Insane asylums in Bengal annual reports 1867-1875 - 1867-1875
Year: 1867
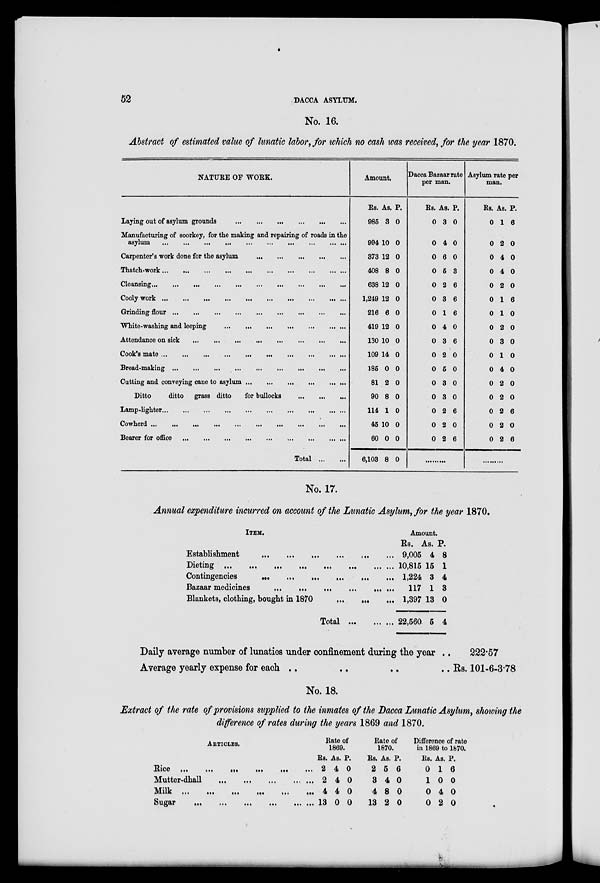
52
DACCA ASYLUM.
No. 16.
Abstract of estimated value of lunatic labor, for which no cash was received, for the year 1870.
NATURE OF WORK.
Laying out of asylum grounds
...
...
...
...
...
...
Manufacturing of soorkey, for the making and repairing of roads in the
asylum
...
...
...
...
...
...
...
...
...
Carpenter's work done for the asylum
...
...
...
...
...
Thatch-work
...
...
...
...
...
...
...
...
...
...
...
Cleansing
...
...
...
...
...
...
...
...
...
...
...
Cooly work
...
...
...
...
...
...
...
...
...
...
...
Grinding
flour
...
...
...
...
...
...
...
...
...
...
White-washing and leeping
...
...
...
...
...
...
...
Attendance on sick ... ... ... ... ... ... ... ... ...
Cook's mate
...
...
...
...
...
...
...
...
...
...
...
Bread-making
...
...
...
...
...
...
...
...
...
...
Cutting and conveying cane to asylum
...
...
...
...
...
...
Ditto
ditto
grass ditto
for bullocks
...
...
...
Lamp-lighter
...
...
...
...
...
...
...
...
...
...
...
Cowherd
...
...
...
...
...
...
...
...
...
...
....
...
Bearer for office
...
...
...
...
...
...
...
...
...
...
Total
...
...
Amount.
Rs.
985
994
373
408
638
1,249
216
419
130
109
185
81
90
114
45
60
6,103
As.
3
10
12
8
12
12
6
12
10
14
0
2
8
1
10
0
8
P.
0
0
0
0
0
0
0
0
0
0
0
0
0
0
0
0
0
Dacca Bazaar rate
per man.
Rs.
0
0
0
0
0
0
0
0
0
0
0
0
0
0
0
0
As.
3
4
6
5
2
3
1
4
3
2
5
3
3
2
2
2
P.
0
0
0
3
6
6
6
0
6
0
0
0
0
6
0
6
............
Asylum rate per
man.
Rs.
0
0
0
0
0
0
0
0
0
0
0
0
0
0
0
0
As.
1
2
4
4
2
1
1
2
3
1
4
2
2
2
2
2
P.
6
0
0
0
0
6
0
0
0
0
0
0
0
6
0
6
...........
No. 17.
Annual expenditure incurred on account of the Lunatic Asylum, for the year 1870.
ITEM.
Establishment
...
...
...
...
... ... ...
Dieting
...
...
...
...
...
...
...
...
Contingencies ... ... ... ... ... ...
Bazaar medicines
...
...
...
... ... ...
Blankets, clothing, bought in 1870
...
...
...
Total ... ... ...
Amount.
Rs.
9,005
10,815
1,224
117
1,397
22,560
As.
4
15
3
1
13
5
P.
8
1
4
3
0
4
Daily average number of lunatics under confinement during the year ..
Average yearly expense for each .. .. .. ..
222.57
Rs. 101-6-3.78
No. 18.
Extract of the rate of provisions supplied to the inmates of the Dacca Lunatic Asylum, showing the
difference of rates during the years 1869 and 1870.
ARTICLES.
Rice
...
...
...
...
...
...
...
Mutter-dhall
...
...
...
...
...
Milk
...
...
...
...
...
...
...
Sugar ... ... ... ... ... ...
Rate of
1869.
Rs.
2
2
4
13
As.
4
4
4
0
P.
0
0
0
0
Rate of
1870.
Rs.
2
3
4
13
As.
5
4
8
2
P.
6
0
0
0
Difference of rate
in 1869 to 1870.
Rs.
0
1
0
0
As.
1
0
4
2
P.
6
0
0
0